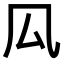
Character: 𠫗